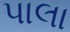
પાલા